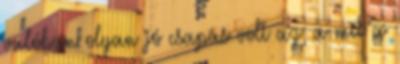
valóban olyan jó csapás volt az, a mit a